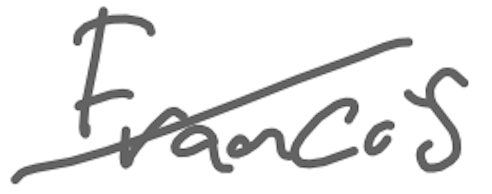
Text: Francis
Cross-out: diagonal
Writing tool: digital_gray